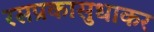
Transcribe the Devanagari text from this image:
रसप्रकासुधाकर